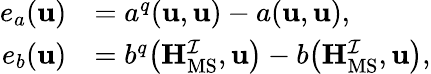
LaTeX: \begin{array}{rl}{e_{a}(\mathbf{u})}&{=a^{q}(\mathbf{u},\mathbf{u})-a(\mathbf{u},\mathbf{u}),}\\ {e_{b}(\mathbf{u})}&{=b^{q}\big(\mathbf{H}_{\mathrm{MS}}^{\mathcal{I}},\mathbf{u}\big)-b\big(\mathbf{H}_{\mathrm{MS}}^{\mathcal{I}},\mathbf{u}\big),}\end{array}